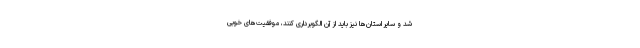
شد و سایر استان‌ها نیز باید از آن الگوبرداری کنند، موفقیت‌های خوبی